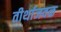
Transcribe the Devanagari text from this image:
तीर्थाजवळ